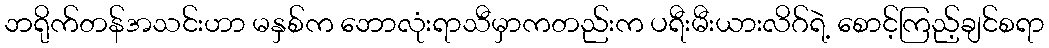
ဘရိုက်တန်အသင်းဟာ မနှစ်က ဘောလုံးရာသီမှာကတည်းက ပရီးမီးယားလိဂ်ရဲ့ စောင့်ကြည့်ချင်စရာ